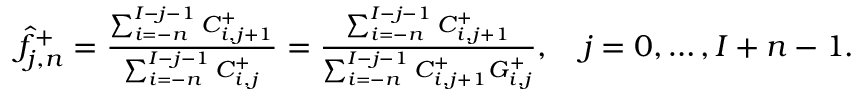
\begin{array} { r } { \widehat f _ { j , n } ^ { + } = \frac { \sum _ { i = - n } ^ { I - j - 1 } C _ { i , j + 1 } ^ { + } } { \sum _ { i = - n } ^ { I - j - 1 } C _ { i , j } ^ { + } } = \frac { \sum _ { i = - n } ^ { I - j - 1 } C _ { i , j + 1 } ^ { + } } { \sum _ { i = - n } ^ { I - j - 1 } C _ { i , j + 1 } ^ { + } G _ { i , j } ^ { + } } , \quad j = 0 , \dots , I + n - 1 . } \end{array}